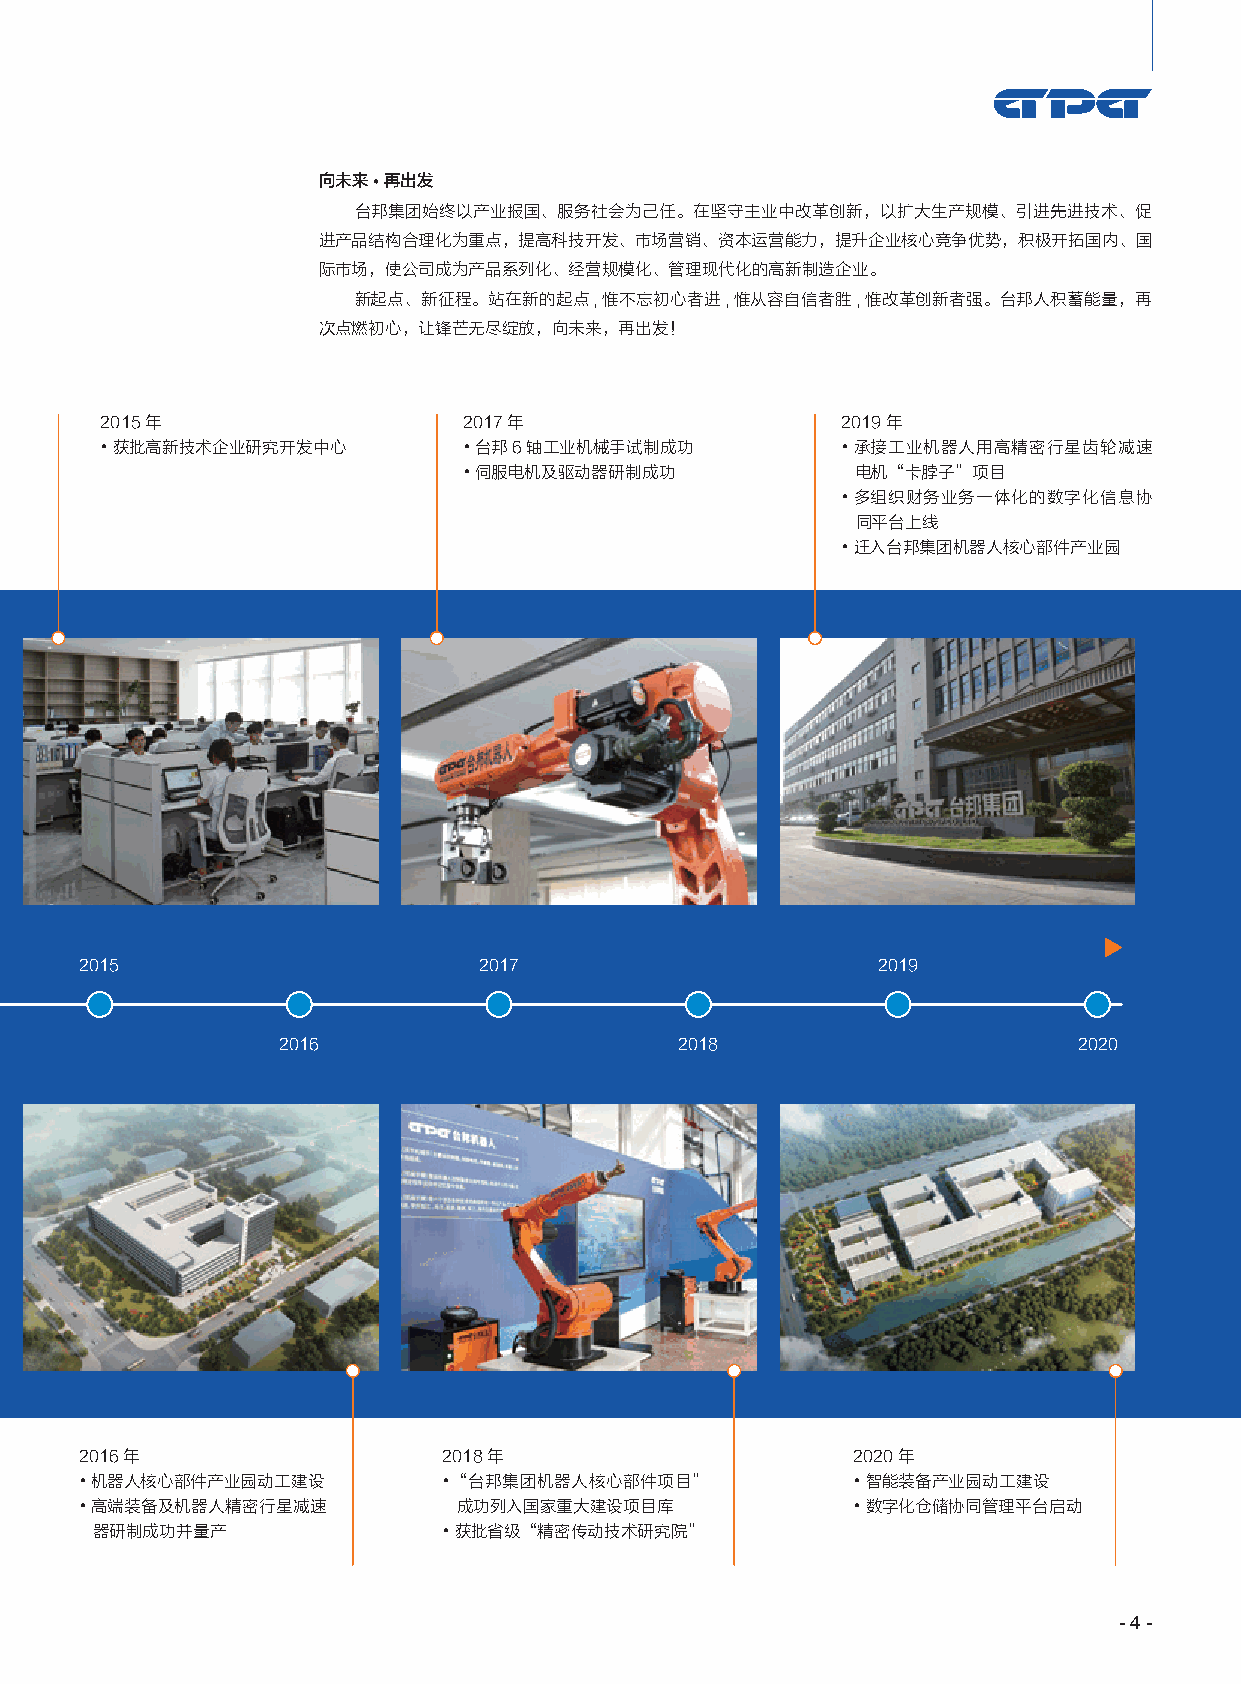
向未来•再出发
 台邦集团始终以产业报国、服务社会为己任。在坚守主业中改革创新，以扩大生产规模、引进先进技术、促
 进产品结构合理化为重点，提高科技开发、市场营销、资本运营能力，提升企业核心竞争优势，积极开拓国内、国
 际市场，使公司成为产品系列化、经营规模化、管理现代化的高新制造企业。
 新起点、新征程。站在新的起点,惟不忘初心者进,惟从容自信者胜,惟改革创新者强。台邦人积蓄能量，再
 次点燃初心，让锋芒无尽绽放，向未来，再出发！
 2015年                   2017年                    2019年
 •获批高新技术企业研究开发中心         •台邦6轴工业机械手试制成功           •承接工业机器人用高精密行星齿轮减速
 •伺服电机及驱动器研制成功             电机“卡脖子”项目
 •多组织财务业务一体化的数字化信息协
 同平台上线
 •迁入台邦集团机器人核心部件产业园
 2015                       2017                      2019
 2016                       2018                      2020
 2016年                   2018年                      2020年
 •机器人核心部件产业园动工建设         •“台邦集团机器人核心部件项目”           •智能装备产业园动工建设
 •高端装备及机器人精密行星减速          成功列入国家重大建设项目库             •数字化仓储协同管理平台启动
 器研制成功并量产               •获批省级“精密传动技术研究院”
 - 4 -